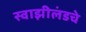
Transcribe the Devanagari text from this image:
स्वाझीलंडचे